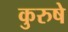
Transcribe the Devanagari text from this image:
कुरुषे